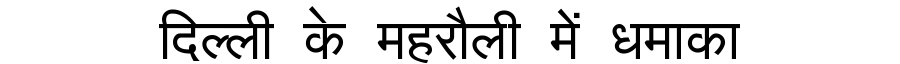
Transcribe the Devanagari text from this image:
दिल्ली के महरौली में धमाका